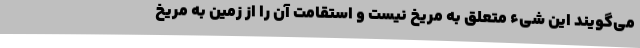
می‌گویند این شیء متعلق به مریخ نیست و استقامت آن را از زمین به مریخ